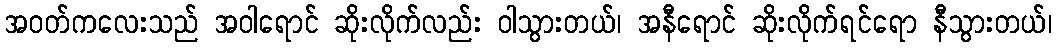
အဝတ်ကလေးသည် အဝါရောင် ဆိုးလိုက်လည်း ဝါသွားတယ်၊ အနီရောင် ဆိုးလိုက်ရင်ရော နီသွားတယ်၊